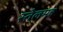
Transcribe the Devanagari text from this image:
स्तेलमह